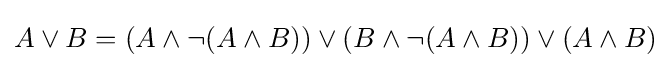
A\lor B=(A\land \neg (A\land B))\lor (B\land \neg (A\land B))\lor (A\land B)